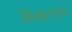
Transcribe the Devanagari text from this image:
शिखरनाद